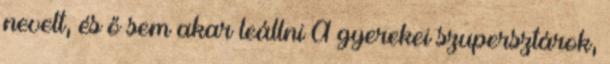
nevelt, és ő sem akar leállni A gyerekei szupersztárok,